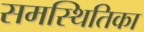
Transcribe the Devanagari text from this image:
समस्थितिका